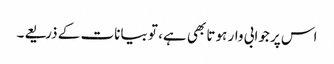
اس پر جوابی وار ہوتا بھی ہے، تو بیانات کے ذریعے۔